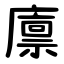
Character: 廪